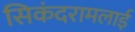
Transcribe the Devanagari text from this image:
सिकंदरामलाई